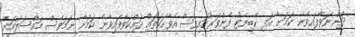
ދަންނަވާފައިވާނެ ކަމަށާ އަދި ކެބިނެޓު ފެންވަރުގައިވެސް އެވާހަކަތައް ދައްކަވާފައިވާނެ ކަމަށާ ނަމަވެސް މައްސަލައަށް